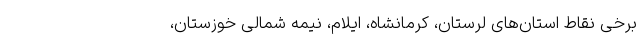
برخی نقاط استان‌های لرستان، کرمانشاه، ایلام، نیمه شمالی خوزستان،